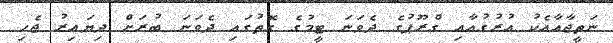
ނަތީޖާއާއެކު އުރުގުއާއި ގްރޫޕުގެ ދެވަނަ ޓީމުގެ ގޮތުގައި ދެވަނަ ބުރަށް ދިޔައިރު ޖެހި